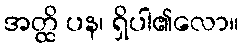
အတ္ထိ ပန၊ ရှိပါ၏လော။